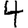
Digit: 4